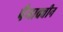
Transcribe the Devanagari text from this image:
पैमाक्वीन